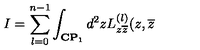
I = \sum _ { l = 0 } ^ { n - 1 } \int _ { { \bf C P } _ { 1 } } d ^ { 2 } z L _ { z \overline { { z } } } ^ { ( l ) } ( z , \overline { { z } }